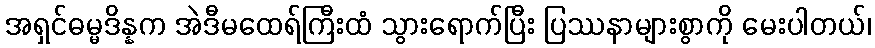
အရှင်ဓမ္မဒိန္နက အဲဒီမထေရ်ကြီးထံ သွားရောက်ပြီး ပြဿနာများစွာကို မေးပါတယ်၊